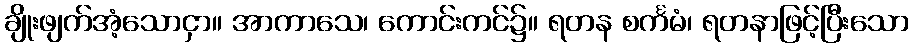
ချိုးဖျက်အံ့သောငှာ။ အာကာသေ၊ ကောင်းကင်၌။ ရတန စင်္ကမံ၊ ရတနာဖြင့်ပြီးသော